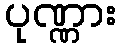
ပုဏ္ဏား